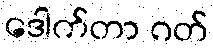
ဒေါက်တာ ဂတ်